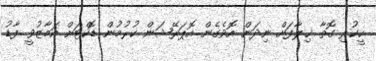
ހީކުރި ގޮތާ ޚިލާފަށް ނިދަން އޮވެގެން އޮޕަރޭޝަން ކުރުމުން ޑޮކްޓަށް އަމާޒުވީ ފާޑު